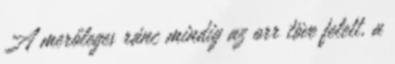
A merőleges ránc mindig az orr töve felett, a